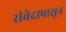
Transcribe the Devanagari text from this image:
संवेदापासून